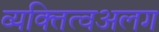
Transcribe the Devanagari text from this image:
व्यक्तित्वअलग